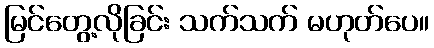
မြင်တွေ့လိုခြင်း သက်သက် မဟုတ်ပေ။